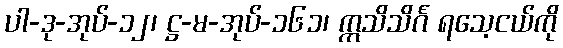
ပါ-ဒု-အုပ်-၁၂၊ ဋ္ဌ-မ-အုပ်-၁၆၁၊ ဣသိသိင်္ဂ ရသေ့ငယ်ကို